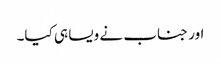
اور جناب نے ویسا ہی کیا۔